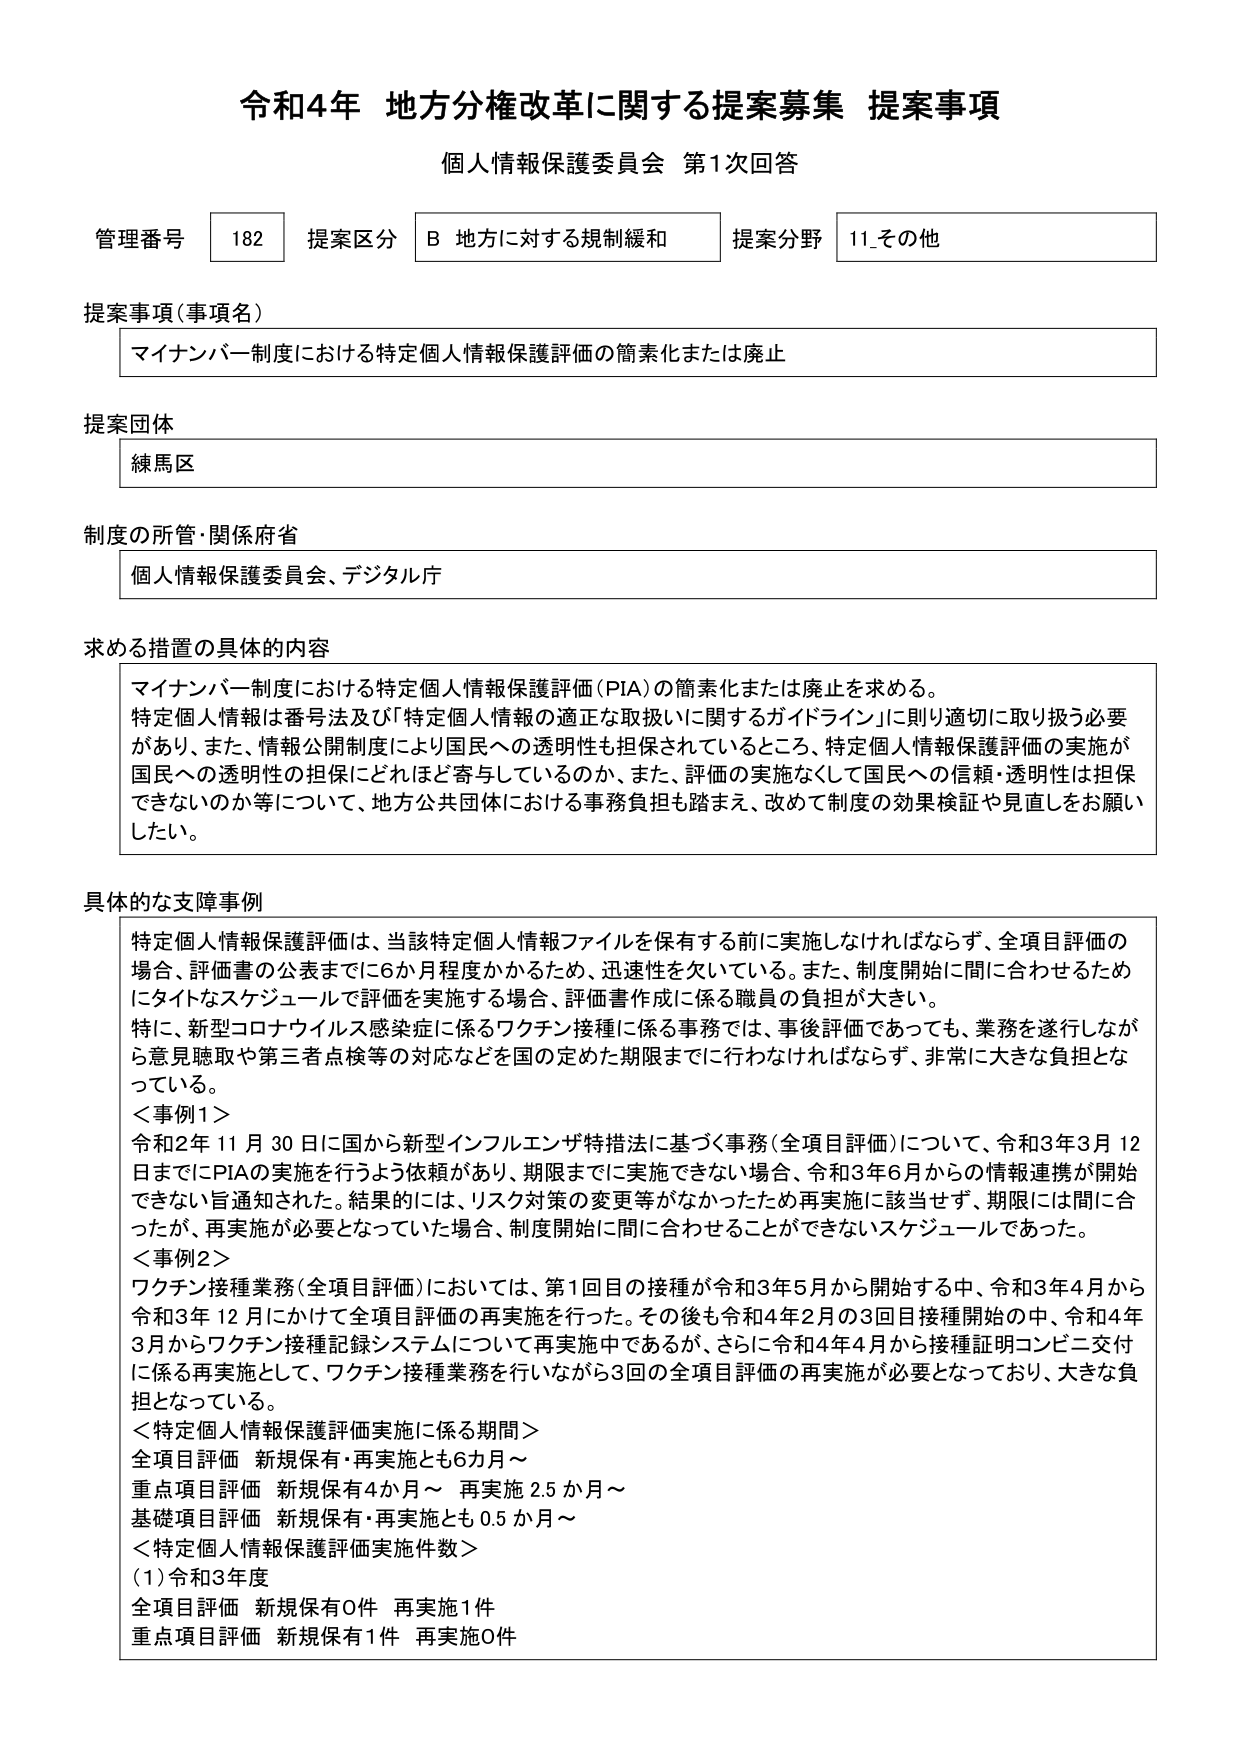
令和4年 地方分権改革に関する提案募集 提案事項
個人情報保護委員会 第1次回答

管理番号 182 提案区分 B 地方に対する規制緩和 提案分野 11_その他

提案事項（事項名）
マイナンバー制度における特定個人情報保護評価の簡素化または廃止

提案団体
練馬区

制度の所管・関係府省
個人情報保護委員会、デジタル庁

求める措置の具体的内容
マイナンバー制度における特定個人情報保護評価（PIA）の簡素化または廃止を求める。
特定個人情報は番号法及び「特定個人情報の適正な取扱いに関するガイドライン」に則り適切に取り扱う必要があり、また、情報公開制度により国民への透明性も担保されているところ、特定個人情報保護評価の実施が国民への透明性の担保にどれほど寄与しているのか、また、評価の実施なくして国民への信頼・透明性は担保できないのか等について、地方公共団体における事務負担も踏まえ、改めて制度の効果検証や見直しをお願いしたい。

具体的な支障事例
特定個人情報保護評価は、当該特定個人情報ファイルを保有する前に実施しなければならず、全項目評価の場合、評価書の公表までに6か月程度かかるため、迅速性を欠いている。また、制度開始に間に合わせるためにタイトなスケジュールで評価を実施する場合、評価書作成に係る職員の負担が大きい。
特に、新型コロナウイルス感染症に係るワクチン接種に係る事務では、事後評価であっても、業務を遂行しながら意見聴取や第三者点検等の対応などを国の定めた期限までに行わなければならないず、非常に大きな負担となっている。
＜事例1＞
令和2年11月30日に国から新型インフルエンザ特措法に基づく事務（全項目評価）について、令和3年3月12日までにPIAの実施を行うよう依頼があり、期限までに実施できない場合、令和3年6月からの情報連携が開始できない旨通知された。結果的には、リスク対策の変更等がなかったため再実施に該当せず、期限には間に合ったが、再実施が必要となっていた場合、制度開始に間に合わせることができないスケジュールであった。
＜事例2＞
ワクチン接種業務（全項目評価）においては、第1回目の接種が令和3年5月から開始する中、令和3年4月から令和3年12月にかけて全項目評価の再実施を行った。その後も令和4年2月の3回目接種開始の中、令和4年3月からワクチン接種記録システムについて再実施中であるが、さらに令和4年4月から接種証明コンビニ交付に係る再実施として、ワクチン接種業務を行いながら3回の全項目評価の再実施が必要となっており、大きな負担となっている。
＜特定個人情報保護評価実施に係る期間＞
全項目評価 新規保有・再実施とも6か月～
重点項目評価 新規保有4か月～ 再実施2.5か月～
基礎項目評価 新規保有・再実施とも0.5か月～
＜特定個人情報保護評価実施件数＞
（1）令和3年度
全項目評価 新規保有0件 再実施1件
重点項目評価 新規保有1件 再実施0件